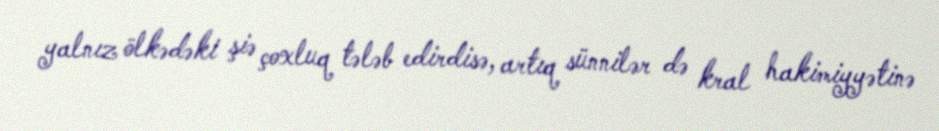
yalnız ölkədəki şiə çoxluq tələb edirdisə, artıq sünnilər də kral hakimiyyətinə